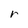
Character: r